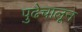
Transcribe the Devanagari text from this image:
पुढेचालून